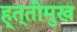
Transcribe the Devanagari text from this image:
ह्त्तीमुख